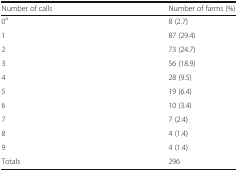
<table><thead><tr><td><b>Number of calls</b></td><td><b>Number of farms (%)</b></td></tr></thead><tbody><tr><td>0<sup>a</sup></td><td>8 (2.7)</td></tr><tr><td>1</td><td>87 (29.4)</td></tr><tr><td>2</td><td>73 (24.7)</td></tr><tr><td>3</td><td>56 (18.9)</td></tr><tr><td>4</td><td>28 (9.5)</td></tr><tr><td>5</td><td>19 (6.4)</td></tr><tr><td>6</td><td>10 (3.4)</td></tr><tr><td>7</td><td>7 (2.4)</td></tr><tr><td>8</td><td>4 (1.4)</td></tr><tr><td>9</td><td>4 (1.4)</td></tr><tr><td>Totals</td><td>296</td></tr></tbody></table>